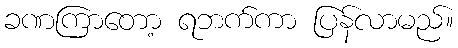
ခဏကြာတော့ ရဘက်ကာ ပြန်လာမည်။